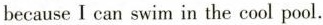
because I can swim in the cool pool.